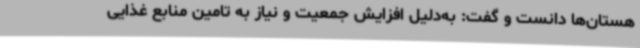
هستان‌ها دانست و گفت: به‌دلیل افزایش جمعیت و نیاز به تامین منابع غذایی